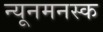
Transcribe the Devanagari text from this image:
न्यूनमनस्क